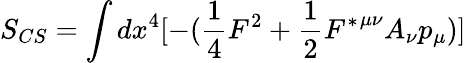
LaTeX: S_{CS}=\int{dx^{4}[-(\frac{1}{4}F^{2}+\frac{1}{2}{F^{*}}^{{\mu}{\nu}}A_{{\nu}}p_{\mu})]}